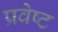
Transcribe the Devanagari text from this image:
प्रवेष्ट